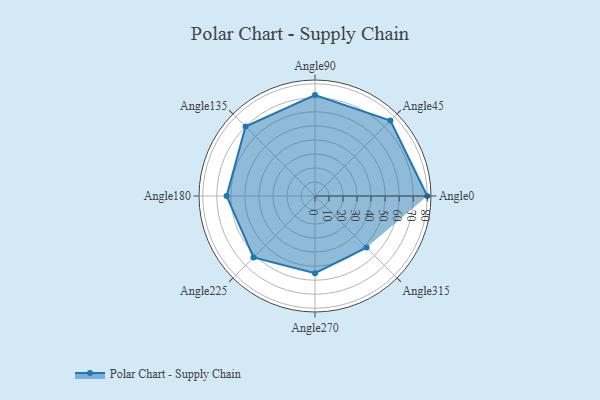
{"axis": {"x": "Angle", "y": "Radius"}, "legend": [""], "data": [{"x": "Angle0", "y": 80.0, "type": ""}, {"x": "Angle45", "y": 76.0, "type": ""}, {"x": "Angle90", "y": 72.0, "type": ""}, {"x": "Angle135", "y": 70.0, "type": ""}, {"x": "Angle180", "y": 63.0, "type": ""}, {"x": "Angle225", "y": 62.0, "type": ""}, {"x": "Angle270", "y": 55.0, "type": ""}, {"x": "Angle315", "y": 52.0, "type": ""}]}